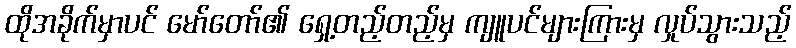
ထိုအခိုက်မှာပင် မော်တော်၏ ရှေ့တည့်တည့်မှ ကျူပင်များကြားမှ လှုပ်သွားသည့်